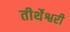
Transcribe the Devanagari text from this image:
तीर्थेश्वरी